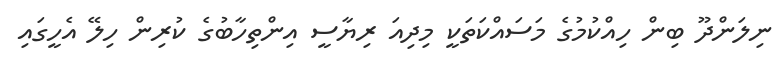
ނިލަންދޫ ބިން ހިއްކުމުގެ މަސައްކަތަކީ މިދިއަ ރިޔާސީ އިންތިހާބުގެ ކުރިން ހިލޭ އެހީގައި